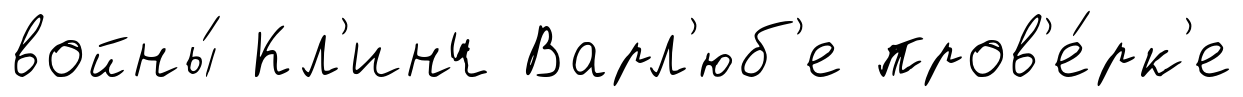
войны́ Кл'инч Варл'юб'е пров'е́рк'е